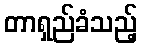
တာရှည်ခံသည့်